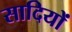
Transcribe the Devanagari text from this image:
सादियों